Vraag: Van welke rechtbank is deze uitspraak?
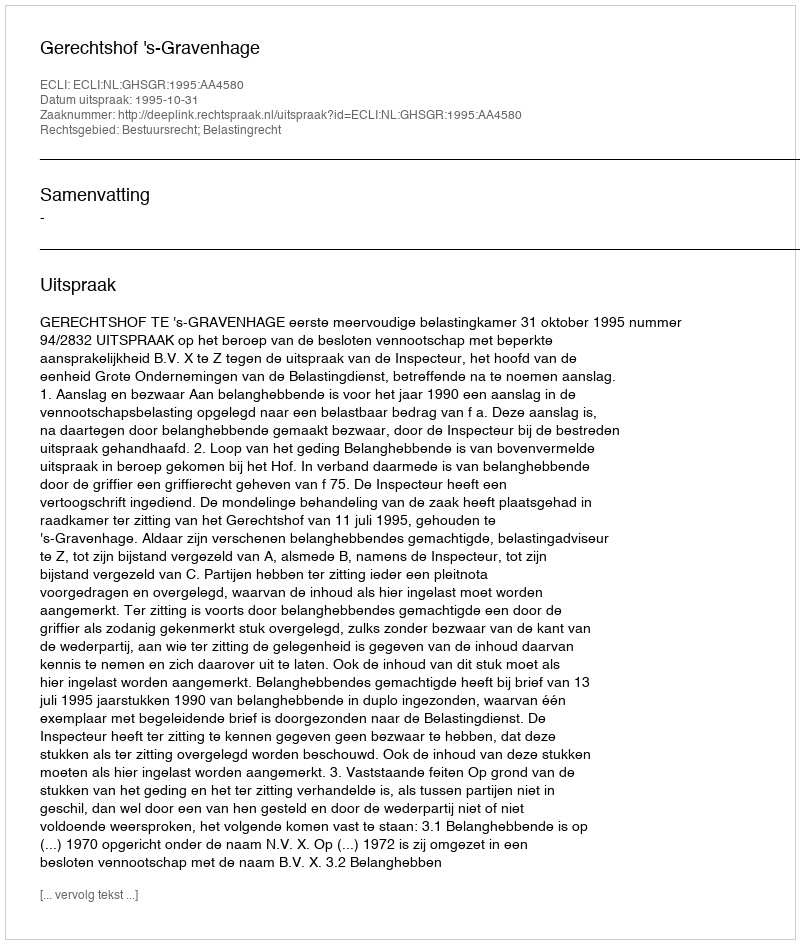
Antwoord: Gerechtshof 's-Gravenhage